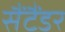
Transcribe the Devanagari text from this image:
सैंटैंडर